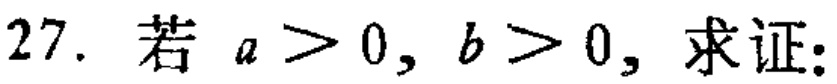
27. 若 \(a > 0, b > 0\)，求证：